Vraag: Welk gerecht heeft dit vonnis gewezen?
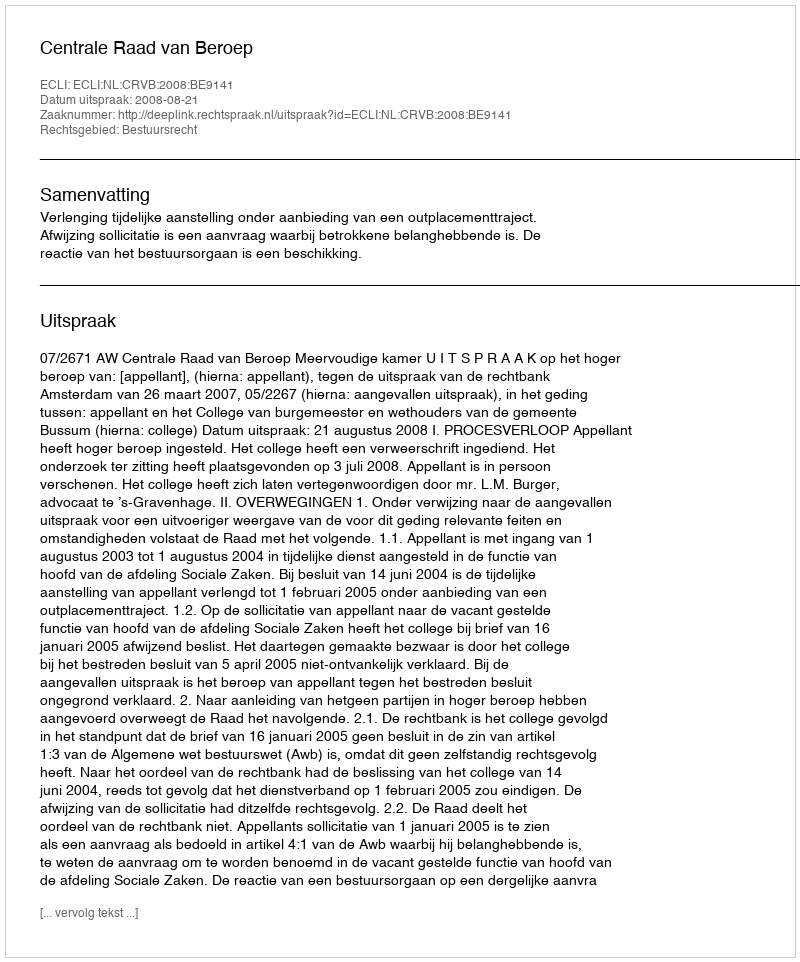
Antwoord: Centrale Raad van Beroep